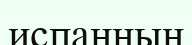
испанның